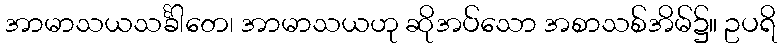
အာမာသယသင်္ခါတေ၊ အာမာသယဟု ဆိုအပ်သော အစာသစ်အိမ်၌။ ဥပရိ